Lunatic asylums Central Provinces reports 1886-1894 - 1886-1894
Year: 1886
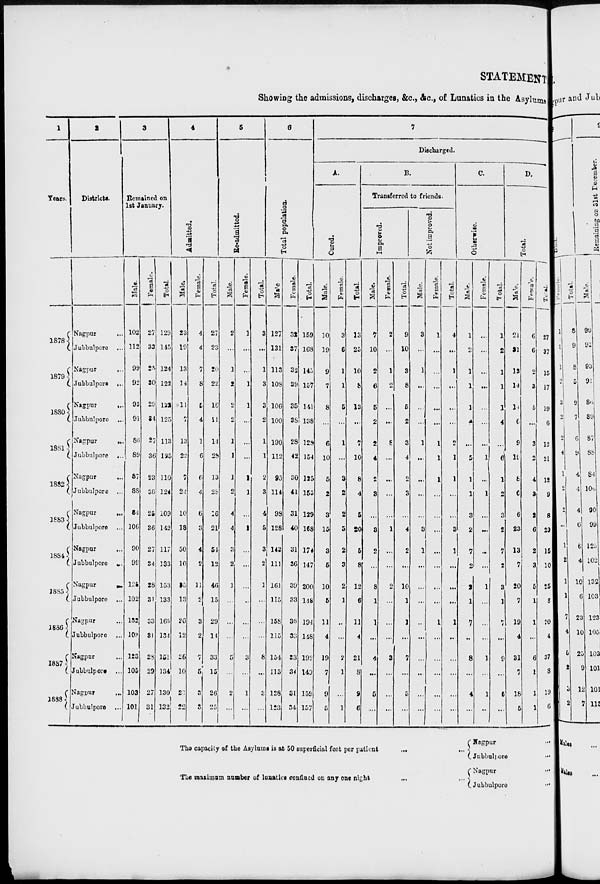
STATEMENT
Showing the admissions, discharges, &c., &c., of Lunatics in the Asylume
1
Years.
1878
1879
1880
1881
1882
1883
1884
1885
1886
1887
1888
2
Districts.
Nagpur ...
Jubbulpore ...
Nagpur ...
Jubbulpore ...
Nagpur
...
Jubbulpore ...
Nagpur
...
Jubbulpore
...
Nagpur ...
Jubbulpore ...
Nagpur ...
Jubbulpore ...
Nagpur ...
Jubbulpore ...
Nagpur
...
Jubbulpore ...
Nagpur ...
Jubbulpore ...
Nagpur ...
Jubbulpore ...
Nagpur ...
Jubbulpore ...
3
Remained on
1st January.
Male.
102
112
99
92
93
91
86
89
87
88
84
106
90
99
125
102
132
103
123
105
103
101
Female.
27
33
25
30
29
34
27
36
23
36
25
36
27
24
28
31
33
31
28
29
27
31
Total.
129
145
124
122
122
125
113
125
110
124
109
142
117
133
153
133
165
134
151
134
130
132
4
Admitted.
Male.
23
19
13
14
11
7
13
22
7
24
10
18
50
10
35
13
26
12
26
10
23
22
Female.
4
4
7
8
5
4
1
6
6
4
6
3
4
2
11
2
3
2
7
5
3
3
Total.
27
23
20
22
16
11
14
28
13
28
16
21
54
12
46
15
29
14
33
15
26
25
5
Re-admitted.
Male.
2
...
1
2
2
2
1
1
1
2
4
4
3
2
1
...
...
...
5
...
2
...
Female.
1
...
...
1
1
...
...
...
1
1
...
1
...
...
...
...
...
...
3
...
1
...
Total.
3
...
1
3
3
2
1
1
2
3
4
5
3
2
1
...
...
...
8
...
3
...
6
Total population.
Male
127
131
113
108
106
100
190
112
95
114
98
128
143
111
161
115
158
115
154
115
128
123
Female.
32
37
33
39
35
38
28
42
30
41
31
40
31
36
39
33
36
33
33
34
31
34
Total.
159
168
145
157
141
138
128
154
125
155
129
168
174
147
200
148
194
148
192
149
159
157
7
Discharged.
A.
Cured.
Male.
10
19
9
7
8
...
6
10
5
2
3
15
3
5
10
5
11
4
19
7
9
5
Female.
3
6
1
1
5
...
1
...
3
2
2
5
2
3
2
1
...
...
2
1
...
1
Total.
13
25
10
8
13
...
7
10
8
4
5
20
5
8
12
6
11
4
21
8
9
6
B.
Transferred to friends.
Improved.
Male.
7
10
2
6
5
2
2
4
2
3
...
3
2
...
8
1
1
...
4
...
5
...
Female.
2
...
1
2
...
...
8
...
...
...
...
1
...
...
2
...
...
...
3
...
...
...
Total.
9
10
3
8
5
2
3
4
2
3
...
4
2
...
10
1
1
...
7
...
5
...
Not improved.
Male.
3
...
1
...
...
...
1
...
...
...
...
3
1
...
...
...
...
...
...
...
...
...
Female.
1
...
...
...
...
...
1
1
1
...
...
...
...
...
...
...
1
...
...
...
...
...
Total.
4
...
1
...
...
...
2
1
1
...
...
3
1
...
...
...
1
...
...
...
...
...
C.
Otherwise.
Male.
1
2
1
1
1
4
...
5
1
1
3
2
7
2
2
1
7
...
8
...
4
...
The capacity of the Asylums is at 50 superficial feet per patient
...
...
The maximum number of lunatics confined on any one night
...
...
Female.
...
...
...
...
...
...
...
1
...
1
...
...
...
...
1
...
...
...
1
...
1
...
Total.
1
2
1
1
1
4
...
6
1
2
3
2
7
2
3
1
7
...
9
...
5
...
D.
Total.
Male.
21
31
13
14
14
6
9
19
8
6
6
23
13
7
20
7
19
4
31
7
18
5
Female.
6
6
2
3
5
...
3
2
4
3
2
6
2
3
5
1
1
...
6
1
1
1
Total.
27
37
15
17
19
6
12
21
12
9
8
29
15
10
25
8
20
4
37
8
19
6
Nagpur ...
Jubbulpore ...
Nagpur
...
Jubbulpore ...